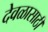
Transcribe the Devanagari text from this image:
देवळासाठी